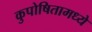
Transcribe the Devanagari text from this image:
कुपोषितामध्ये